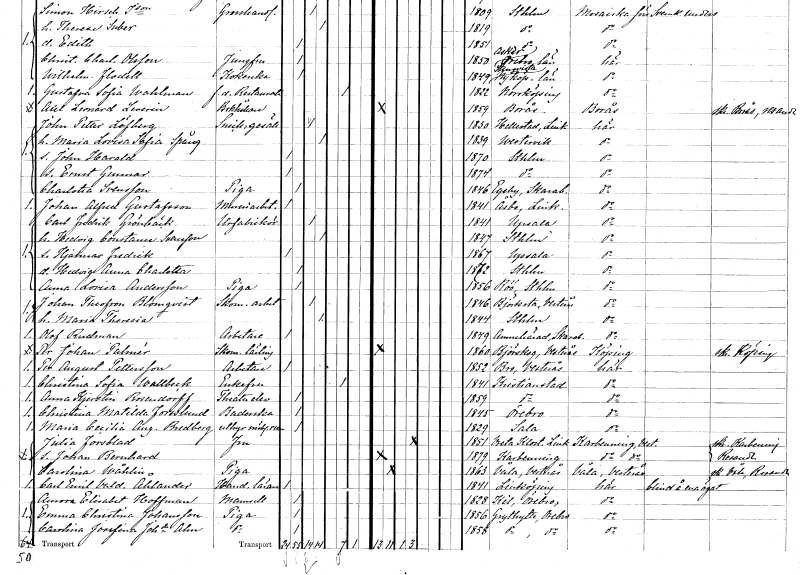
gt_parse: households: individuals: FN: John Petter
EN: Löfberg
YRKE: Snickaregesäll
KON: M
CIV: G
FODAR: 1830
FODFORS: Hällestad Östergötlands län
FN: Maria Lovisa Sofia
EN: Spång
KON: K
CIV: G
FODAR: 1839
FODFORS: Västervik Kalmar län
FN: John Harald
KON: M
CIV: O
FODAR: 1870
FODFORS: Stockholm
FN: Ernst Gunnar
KON: M
CIV: O
FODAR: 1874
FODFORS: Stockholm
FN: Charlotta
EN: Svensson
YRKE: Piga
KON: K
CIV: O
FODAR: 1846
FODFORS: Eggby Skaraborgs län
FN: Johan Alfred
EN: Gustafsson
YRKE: Mureriarbetare
KON: M
CIV: O
FODAR: 1841
FODFORS: Åsbo Östergötlands län
FN: Carl Fredrik
EN: Grönbäck
YRKE: Urfabrikör
KON: M
CIV: G
FODAR: 1841
FODFORS: Uppsala Uppsala län
FN: Hedvig Constance
EN: Svensson
KON: K
CIV: G
FODAR: 1847
FODFORS: Stockholm
FN: Hjalmar Fredrik
KON: M
CIV: O
FODAR: 1867
FODFORS: Uppsala Uppsala län
FN: Hedvig Anna Charlotta
KON: K
CIV: O
FODAR: 1872
FODFORS: Stockholm
FN: Anna Lovisa
EN: Andersson
YRKE: Piga
KON: K
CIV: O
FODAR: 1856
FODFORS: Rö Stockholms län
FN: Johan Theofron
EN: Blomqvist
YRKE: Skomakeriarbetare
KON: M
CIV: G
FODAR: 1846
FODFORS: Björksta Västmanlands län
FN: Maria Theresia
KON: K
CIV: G
FODAR: 1844
FODFORS: Stockholm
FN: Olof
EN: Rudman
YRKE: Arbetare
KON: M
CIV: O
FODAR: 1849
FODFORS: Amnehärad Skaraborgs län
FN: Per Johan
EN: Palmér
YRKE: Skomakarelärling
KON: M
CIV: O
FODAR: 1860
FODFORS: Björskog Västmanlands län
FN: Per August
EN: Pettersson
YRKE: Arbetare
KON: M
CIV: O
FODAR: 1852
FODFORS: Bro Västmanlands län
FN: Christina Sofia
EN: Wallbeck
KON: K
CIV: E
FODAR: 1841
FODFORS: Kristianstad Kristianstads län
FN: Anna Kjerstin
EN: Rosendorff
YRKE: Teaterelev
KON: K
CIV: O
FODAR: 1859
FODFORS: Kristianstad Kristianstads län
FN: Christina Matilda
EN: Forslund
YRKE: Baderska
KON: K
CIV: O
FODAR: 1845
FODFORS: Örebro Örebro län
FN: Maria Cecilia Augusta
EN: Bredberg
YRKE: Rumsuthyrare
KON: K
CIV: O
FODAR: 1829
FODFORS: Sala Västmanlands län
FN: Julia
EN: Forsblad
KON: K
CIV: G
FODAR: 1851
FODFORS: Vreta kloster Östergötlands län
FN: Johan Bernhard
KON: M
CIV: O
FODAR: 1879
FODFORS: Karbenning Västmanlands län
FN: Carolina
EN: Wåhlin
YRKE: Piga
KON: K
CIV: O
FODAR: 1863
FODFORS: Våla Västmanlands län
FN: Carl Emil Valdemar
EN: Åhlander
YRKE: Handelslärare
KON: M
CIV: O
FODAR: 1841
FODFORS: Linköping Östergötlands län
FN: Aurora Elisabet
EN: Hoffman
KON: K
CIV: O
FODAR: 1828
FODFORS: Kil Örebro län
FN: Emma Christina
EN: Johansson
YRKE: Piga
KON: K
CIV: O
FODAR: 1856
FODFORS: Grythyttan Örebro län
FN: Carolina Josefina
EN: Johansdotter Alm
YRKE: Piga
KON: K
CIV: O
FODAR: 1858
FODFORS: Grythyttan Örebro län